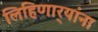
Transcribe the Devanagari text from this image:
लिहिणार्‍यांना